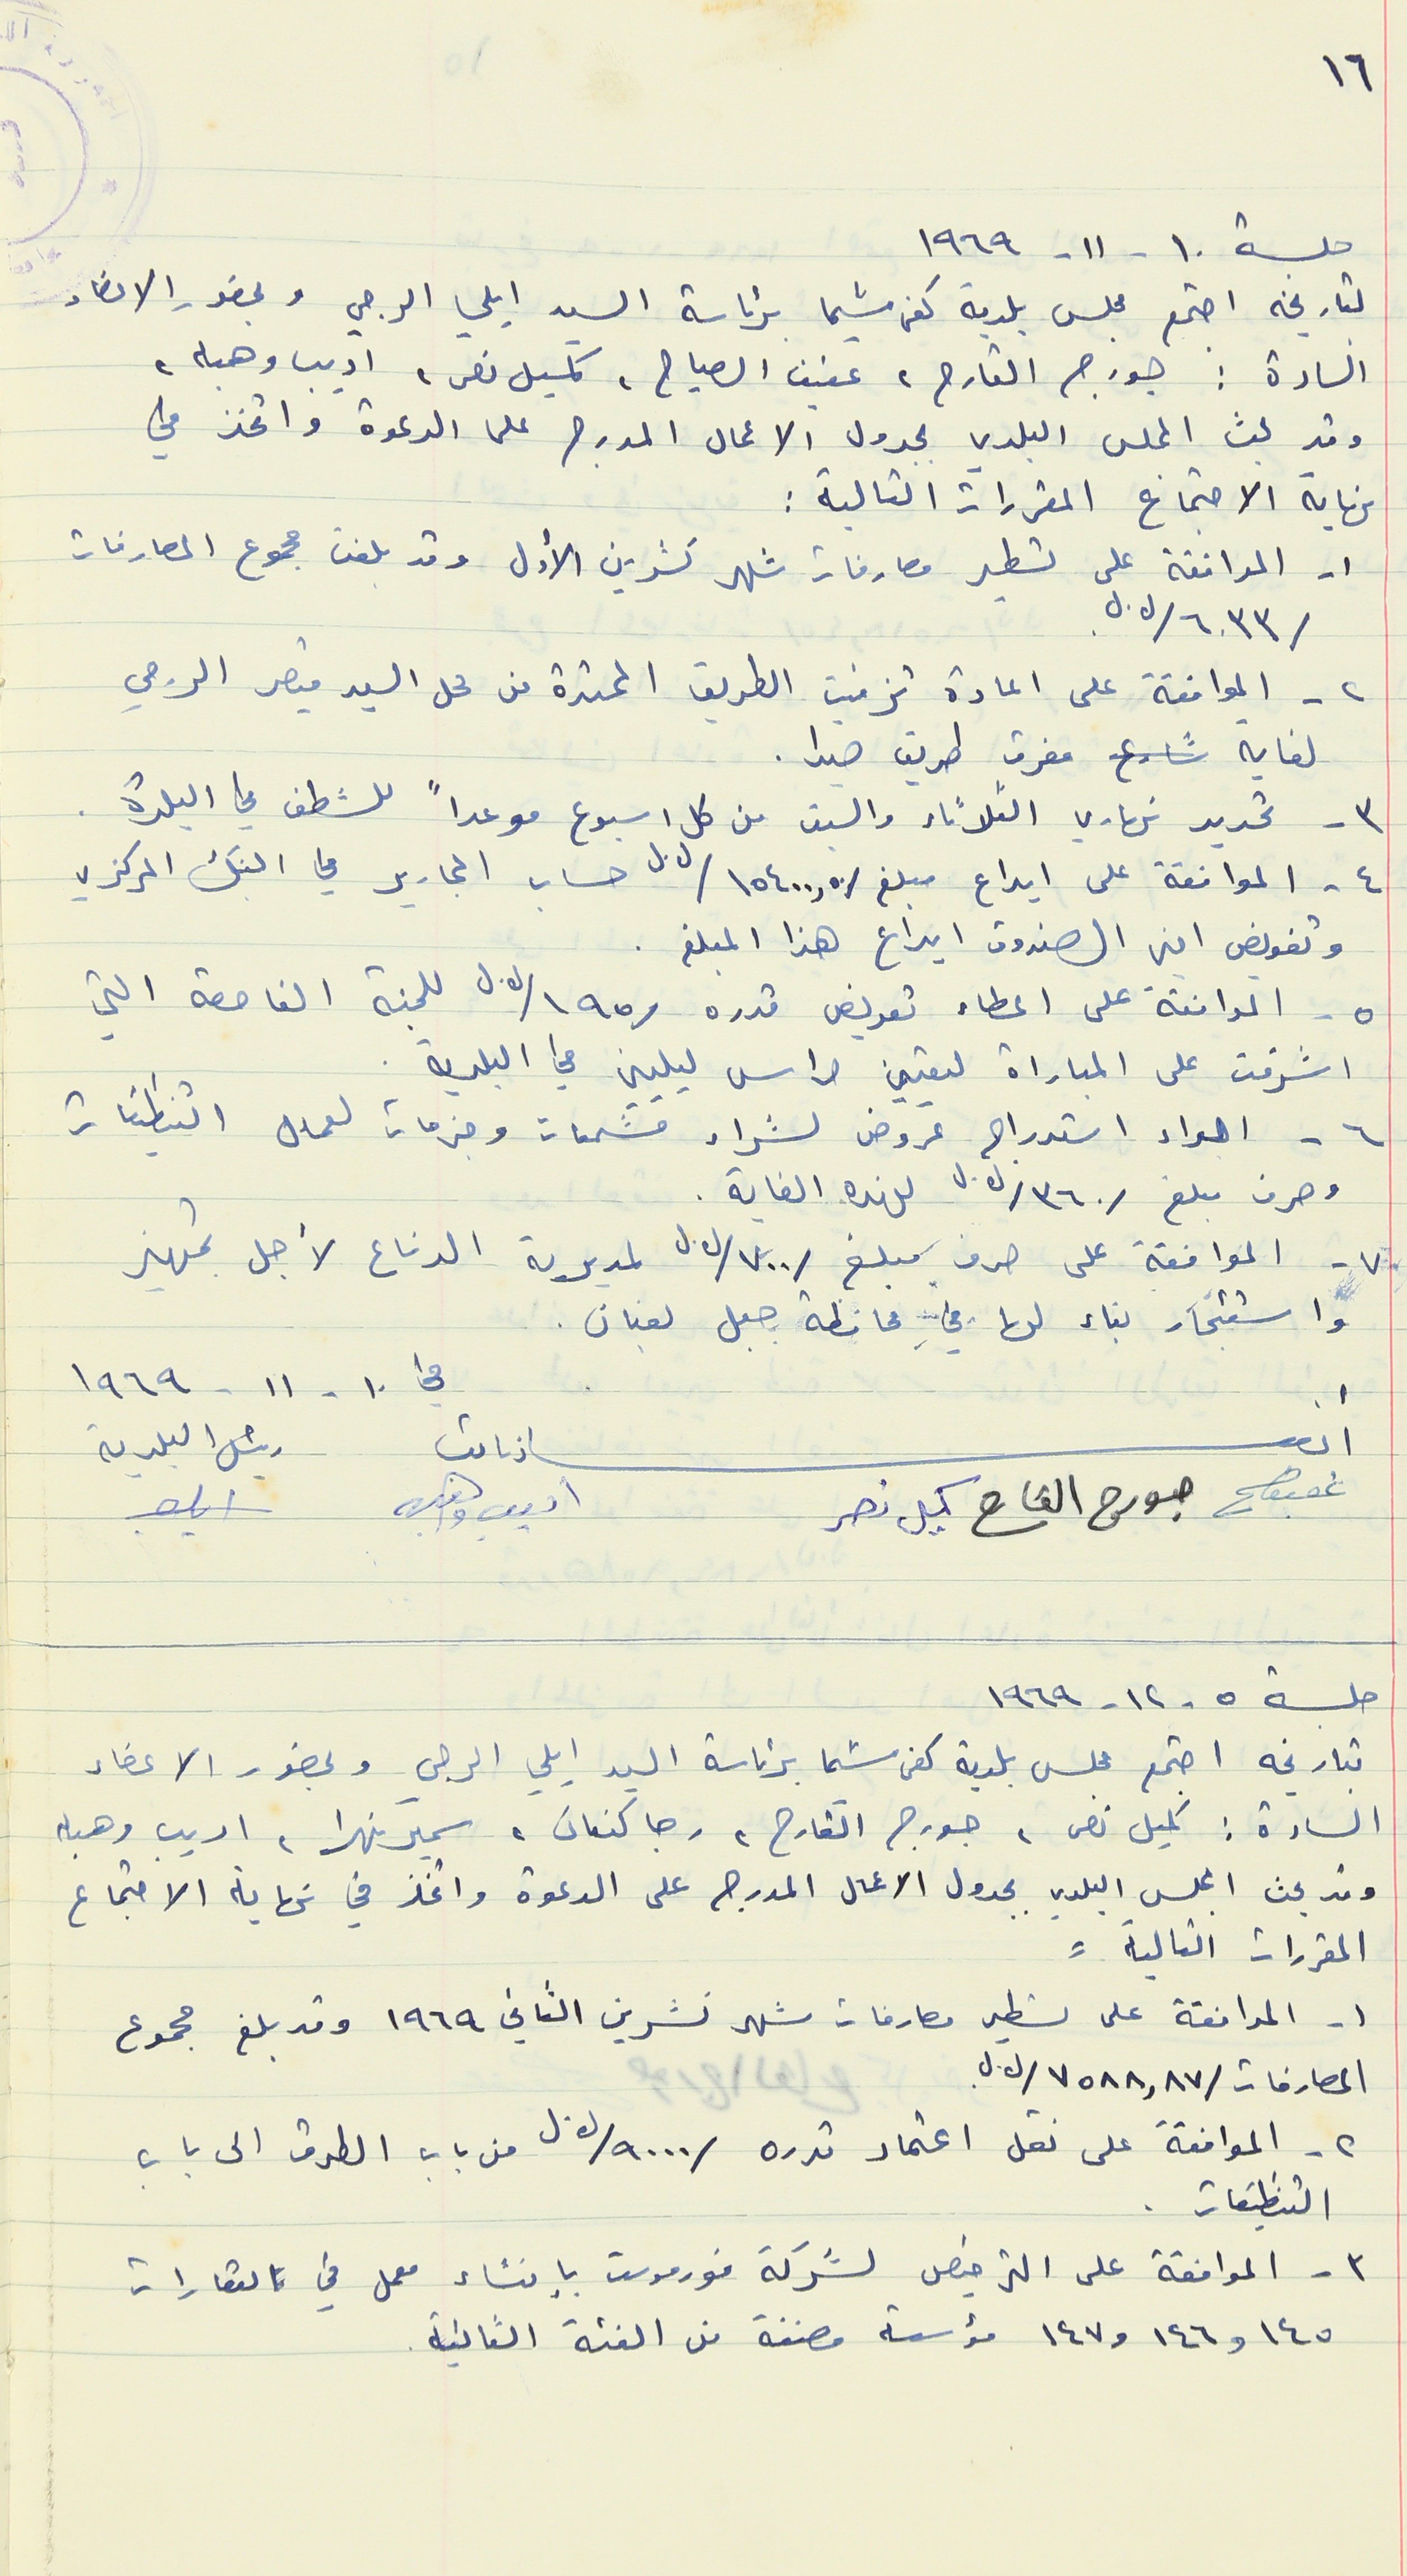
١٦
جلسة ١٠ - ١١ - ١٩٦٩
لتاريخه اجتمع مجلس بلدية كفرشيما برئاسة السيد ايلي الرجي وبحضور الاعضاء
السادة : جورج القارج، عفيف الصياح ، كميل نصر، اديب وهبه،
وقد بحث المجلس البلدي بجدول الاعمال المدرج على الدعوة واتخذ في
نهاية الاجتماع المقررات التالية :
١- الموافقة على تسطير مصارفات شهر تشرين الأول وقد بلغت مجموع المصارفات
/٦٠٣٣/ل.ل.
٢ - الموافقة على اعادة تزفيت الطريق الممتدة من محل السيد قيصر الرجي
لغاية شارع مفرق طريق صيدا.
 ٣ - تحديد نهاري الثلاثاء والسبت من كل اسبوع موعداً للشطف في البلدة .
٤ - الموانقة على ايداع مبلغ /١٥٤٠٠,٥٠/ ل.ل لكل حساب المجارير في البنك المركزي
وتفويض امبن الصندوق ايداع هذا المبلغ .
٥ - الموافقة على اعطاء تعويض قدره /١٩٥/ل.ل للجنة الفاحصة التي
اشرفت على المباراة لتعيين حراس ليليين في البلدية .
٦ - اجراء استدراج عروض لشراء مشمعات وجزمات لعمال النظافة
وصرف مبلغ و/٣٦٠/ ل.ل لهذه الغاية .
٧- الموافقة على صرف مبلغ /٧٠٠/ ل.ل لمديرية الدفاع لأجل تجهيز
وا ستئجار بناء لها في محافظة جبل لبنان.
جلسة ٥ - ١٢ - ١٩٦٩
بتاريخه اجتمع مجلس بلدية كفرشيما برئاسة السيد ايلي الرجي وبحضور الاعضاء .
السادة : كميل نص، جورج القارح، رجا كنعان، سمير نهرا، اديب وهبه
وقد بحث المجلس البلدي بجدول الاعمال المدرج على الدعوة واتخذ في نهاية الاجتماع
المقررات التالية :
١ - الموافقة على تسطير مصارفات شهر تشرين الثاني ١٩٦٩ وقد بلغ مجموع
المصارفات /٧٥٨٨,٨٧/ل ل.
٢- الموافقة على نقل اعتماد قدره /٩٠٠٠/ ل.ل من باب الطرق الى باب
التنظيفات .
٣ - الموافقة على الترخيص لشركة فورموست بإنشاء معمل في العقارات
١٤٥ و١٤٦ و١٤٧ مؤسسة مصنفة من الفئة الثانية.
في ١٠ - ١١ -١٩٦٩
أعضاء نائب رئيس البلدية
عفيف جورج القارح كميل نصر اديب وهبه